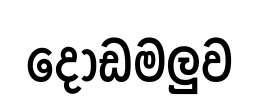
දොඩමලුව